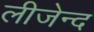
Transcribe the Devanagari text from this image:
लीजेन्द